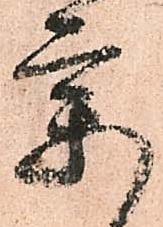
要